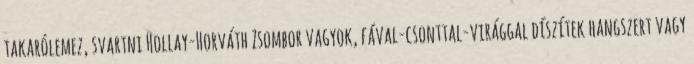
takarólemez, svartni Hollay-Horváth Zsombor vagyok, fával-csonttal-virággal díszítek hangszert vagy